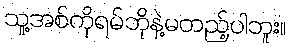
သူ့အစ်ကိုရမ်ဘိုနဲ့မတည့်ပါဘူး။